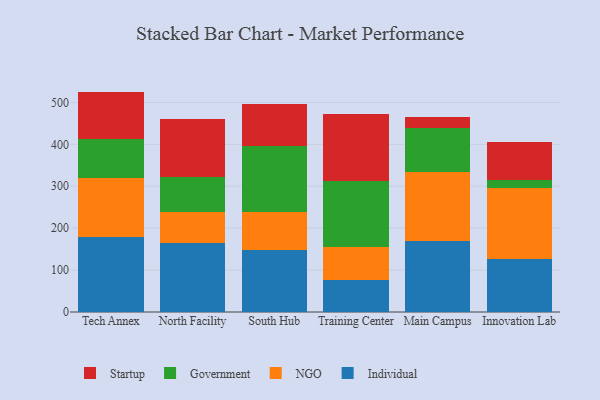
{"axis": {"x": "Campus", "y": "Backlog"}, "legend": ["Government", "Individual", "NGO", "Startup"], "data": [{"x": "Tech Annex", "y": 177.8, "type": "Individual"}, {"x": "Tech Annex", "y": 142.5, "type": "NGO"}, {"x": "Tech Annex", "y": 92.0, "type": "Government"}, {"x": "Tech Annex", "y": 113.5, "type": "Startup"}, {"x": "North Facility", "y": 165.2, "type": "Individual"}, {"x": "North Facility", "y": 72.3, "type": "NGO"}, {"x": "North Facility", "y": 84.2, "type": "Government"}, {"x": "North Facility", "y": 139.9, "type": "Startup"}, {"x": "South Hub", "y": 147.2, "type": "Individual"}, {"x": "South Hub", "y": 92.3, "type": "NGO"}, {"x": "South Hub", "y": 156.7, "type": "Government"}, {"x": "South Hub", "y": 100.6, "type": "Startup"}, {"x": "Training Center", "y": 75.2, "type": "Individual"}, {"x": "Training Center", "y": 79.3, "type": "NGO"}, {"x": "Training Center", "y": 157.8, "type": "Government"}, {"x": "Training Center", "y": 159.3, "type": "Startup"}, {"x": "Main Campus", "y": 170.3, "type": "Individual"}, {"x": "Main Campus", "y": 163.3, "type": "NGO"}, {"x": "Main Campus", "y": 105.6, "type": "Government"}, {"x": "Main Campus", "y": 26.1, "type": "Startup"}, {"x": "Innovation Lab", "y": 126.5, "type": "Individual"}, {"x": "Innovation Lab", "y": 170.4, "type": "NGO"}, {"x": "Innovation Lab", "y": 17.3, "type": "Government"}, {"x": "Innovation Lab", "y": 91.7, "type": "Startup"}]}